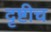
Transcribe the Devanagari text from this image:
दृष्टीच